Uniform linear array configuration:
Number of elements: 4
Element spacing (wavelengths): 0.25
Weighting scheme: blackman
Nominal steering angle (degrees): -45
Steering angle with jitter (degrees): -44.251
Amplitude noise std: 0.05
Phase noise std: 0.05

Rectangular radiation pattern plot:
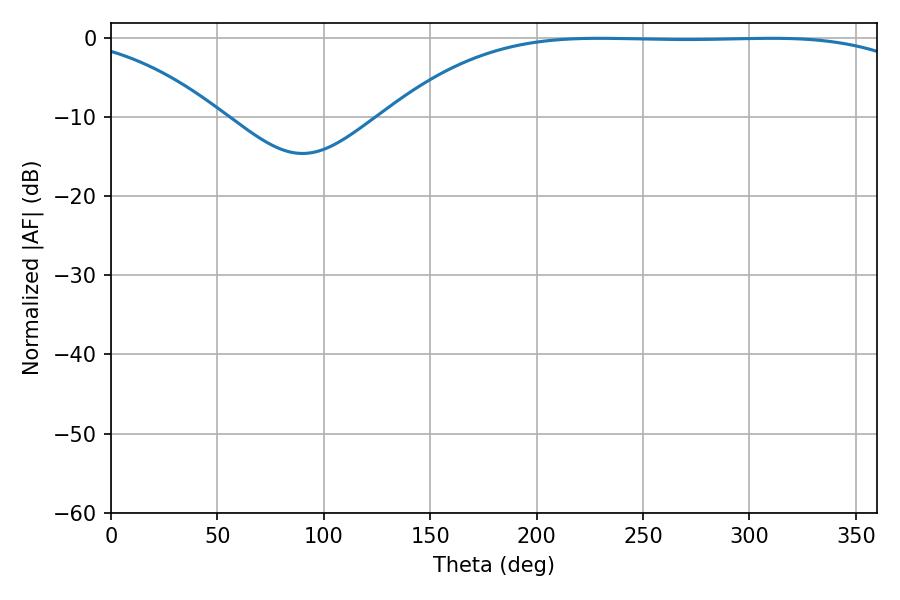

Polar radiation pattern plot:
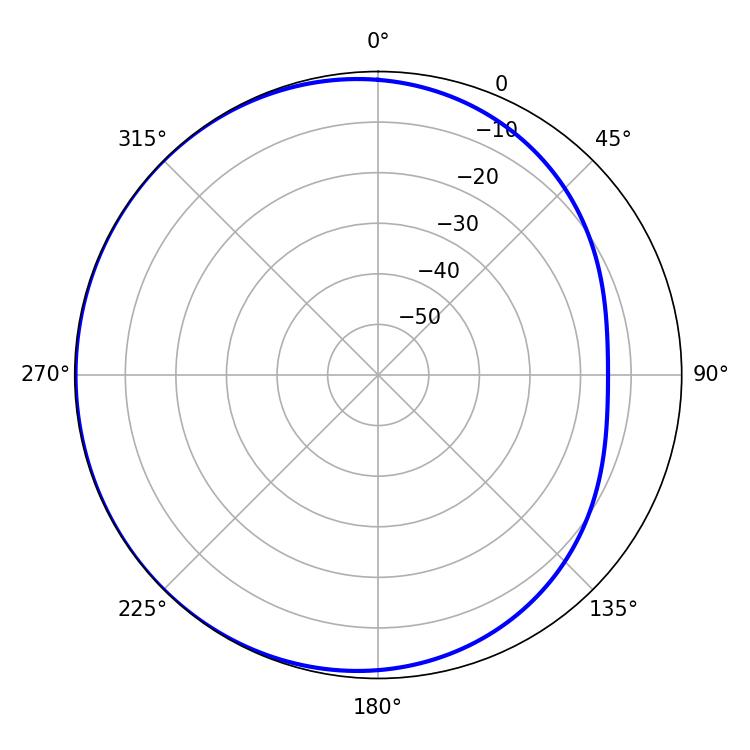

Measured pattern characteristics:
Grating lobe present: FALSE
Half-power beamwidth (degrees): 193.68
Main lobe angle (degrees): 229.5